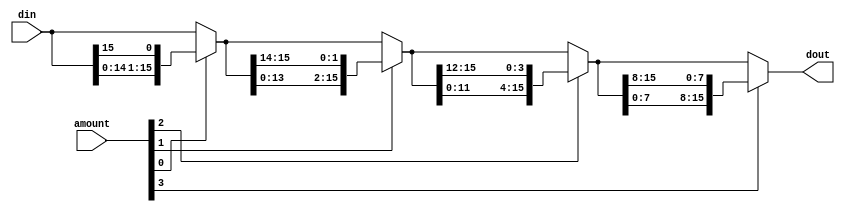
module circular_shift_left(
	input [15:0] din,
	input [15:0] amount,
	output reg [15:0] dout
	);

	reg [15:0] x, y, z;
	
	always @ (din or amount) begin
		if (amount[0] == 1'b1) x = {din[14:0], din[15]}; else x = din;
		if (amount[1] == 1'b1) y = {x[13:0], x[15:14]}; else y = x;
		if (amount[2] == 1'b1) z = {y[11:0], y[15:12]}; else z = y;
		if (amount[3] == 1'b1) dout = {z[7:0], z[15:8]}; else dout = z;	
	end
	
endmodule